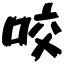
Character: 咬